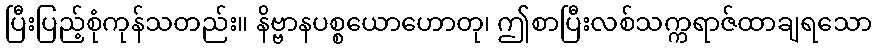
ပြီးပြည့်စုံကုန်သတည်း။ နိဗ္ဗာနပစ္စယောဟောတု၊ ဤစာပြီးလစ်သက္ကရာဇ်ထာချရသော